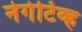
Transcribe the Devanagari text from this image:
नेगेटिव्ह